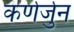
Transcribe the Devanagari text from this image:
कर्णर्जुन